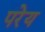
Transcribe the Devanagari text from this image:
परेय